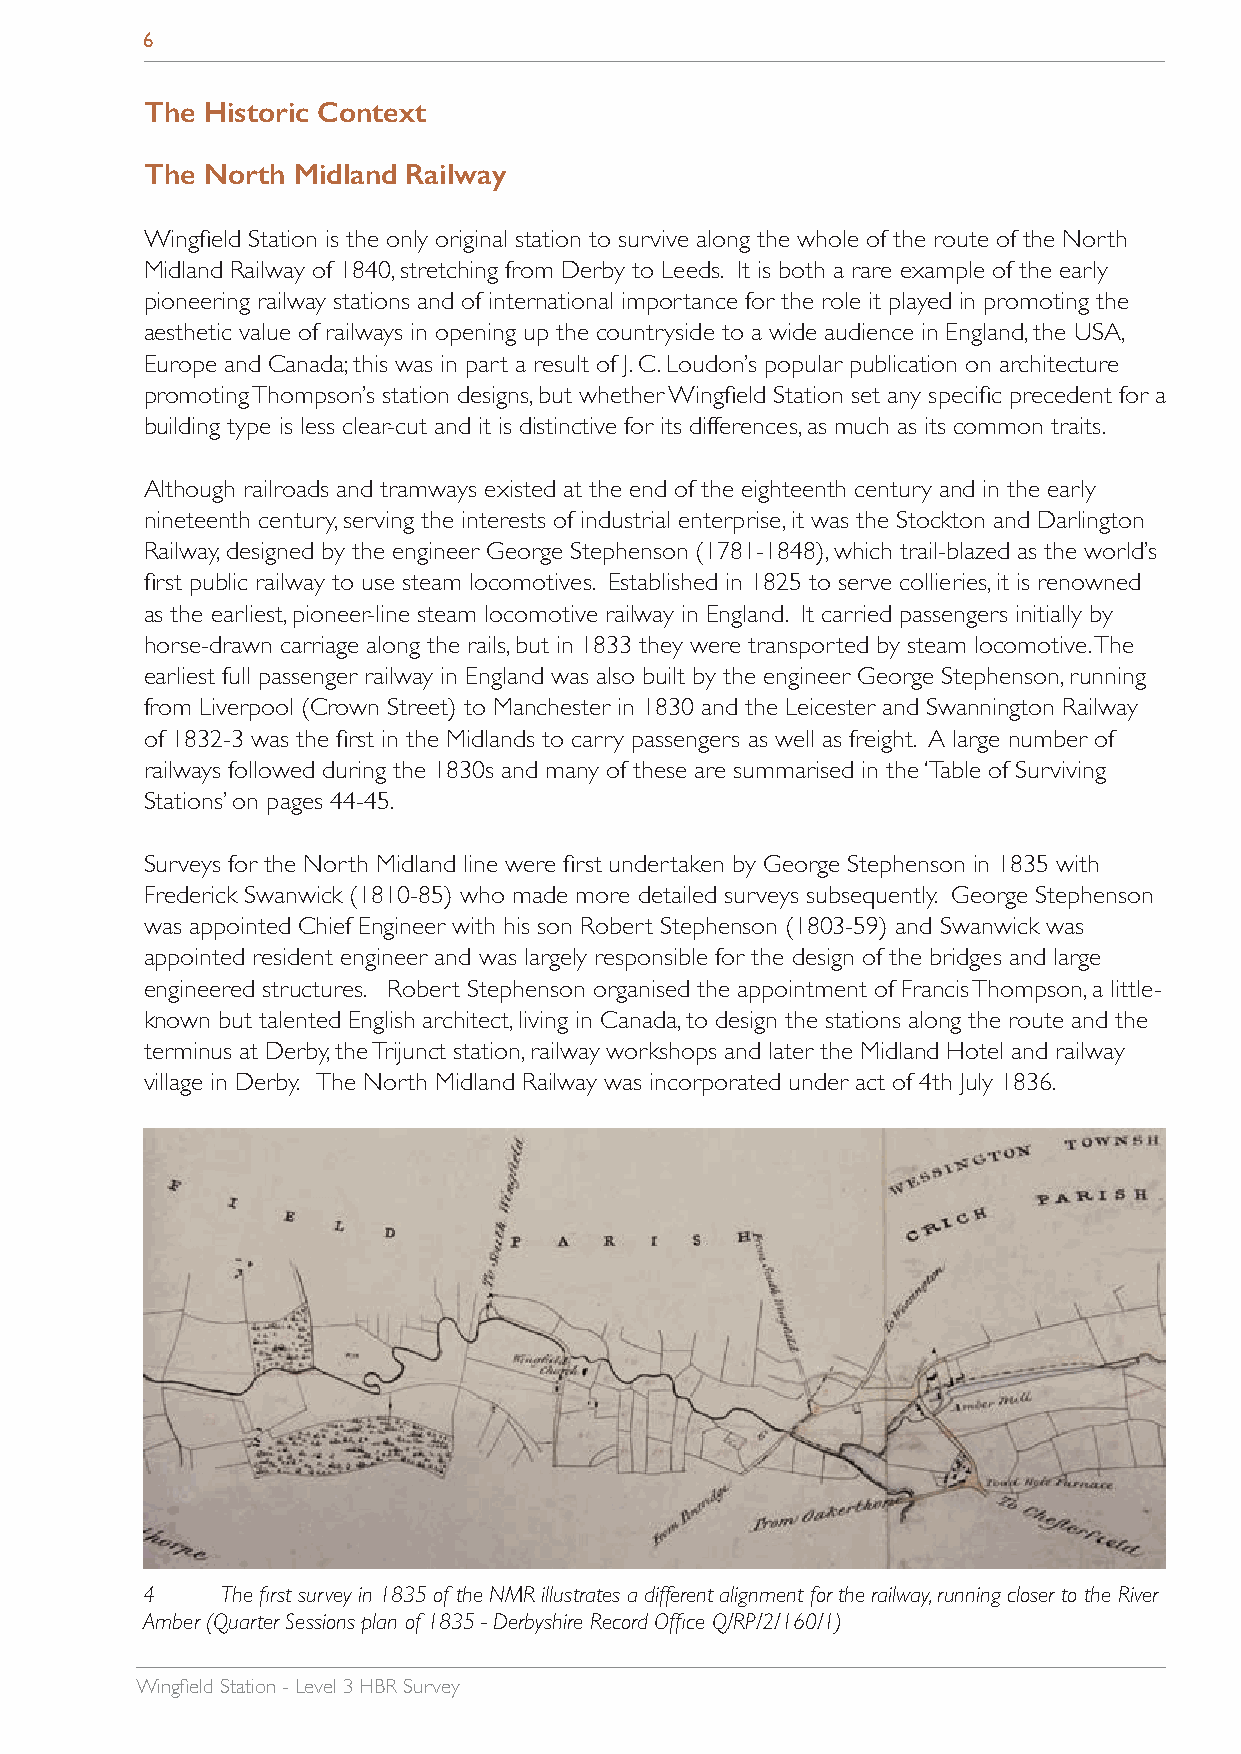
6
 The Historic Context
 The North Midland Railway
 Wingfield Station is the only original station to survive along the whole of the route of the North
 Midland Railway of 1840, stretching from Derby to Leeds. It is both a rare example of the early
 pioneering railway stations and of international importance for the role it played in promoting the
 aesthetic value of railways in opening up the countryside to a wide audience in England, the USA,
 Europe and Canada; this was in part a result of J. C. Loudon’s popular publication on architecture
 promoting Thompson’s station designs, but whether Wingfield Station set any specific precedent for a
 building type is less clear-cut and it is distinctive for its differences, as much as its common traits.
 Although railroads and tramways existed at the end of the eighteenth century and in the early
 nineteenth century, serving the interests of industrial enterprise, it was the Stockton and Darlington
 Railway, designed by the engineer George Stephenson (1781-1848), which trail-blazed as the world’s
 first public railway to use steam locomotives. Established in 1825 to serve collieries, it is renowned
 as the earliest, pioneer-line steam locomotive railway in England. It carried passengers initially by
 horse-drawn carriage along the rails, but in 1833 they were transported by steam locomotive. The
 earliest full passenger railway in England was also built by the engineer George Stephenson, running
 from Liverpool (Crown Street) to Manchester in 1830 and the Leicester and Swannington Railway
 of 1832-3 was the first in the Midlands to carry passengers as well as freight. A large number of
 railways followed during the 1830s and many of these are summarised in the ‘Table of Surviving
 Stations’ on pages 44-45.
 Surveys for the North Midland line were first undertaken by George Stephenson in 1835 with
 Frederick Swanwick (1810-85) who made more detailed surveys subsequently. George Stephenson
 was appointed Chief Engineer with his son Robert Stephenson (1803-59) and Swanwick was
 appointed resident engineer and was largely responsible for the design of the bridges and large
 engineered structures. Robert Stephenson organised the appointment of Francis Thompson, a little-
 known but talented English architect, living in Canada, to design the stations along the route and the
 terminus at Derby, the Trijunct station, railway workshops and later the Midland Hotel and railway
 village in Derby. The North Midland Railway was incorporated under act of 4th July 1836.
 4     The first survey in 1835 of the NMR illustrates a different alignment for the railway, running closer to the River
 Amber (Quarter Sessions plan of 1835 - Derbyshire Record Office Q/RP/2/160/1)
 Wingfield Station - Level 3 HBR Survey